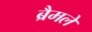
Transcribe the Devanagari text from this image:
ब्रैमले